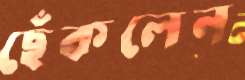
ছেঁকলেন